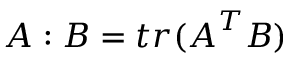
\boldsymbol { A } : \boldsymbol { B } = t r ( \boldsymbol { A } ^ { T } \boldsymbol { B } )